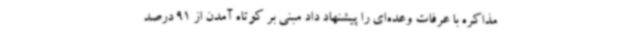
مذاکره با عرفات وعده‌ای را پیشنهاد داد مبنی بر کوتاه آمدن از 91 درصد